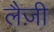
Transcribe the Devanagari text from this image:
लैज़ी